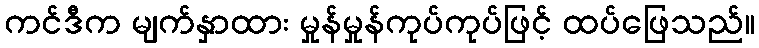
ကင်ဒီက မျက်နှာထား မှုန်မှုန်ကုပ်ကုပ်ဖြင့် ထပ်ဖြေသည်။